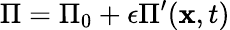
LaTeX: \Pi=\Pi_{0}+\epsilon\Pi^{\prime}(\mathbf{x},t)